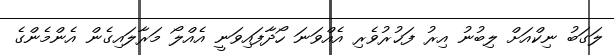
ލަގަބު ނިކްއަށް ލިބުނު އިރު ފަޚުރުވެރި އެއްވަނަ ހޯދާފައިވަނީ އެއްލޯ މަރާލައިގެން އެންމެންގެ